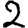
Digit: 2